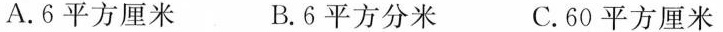
A.6平方厘米 B.6平方分米 C.60平方厘米